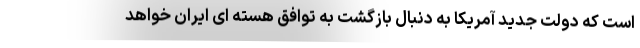
است که دولت جدید آمریکا به دنبال بازگشت به توافق هسته ای ایران خواهد